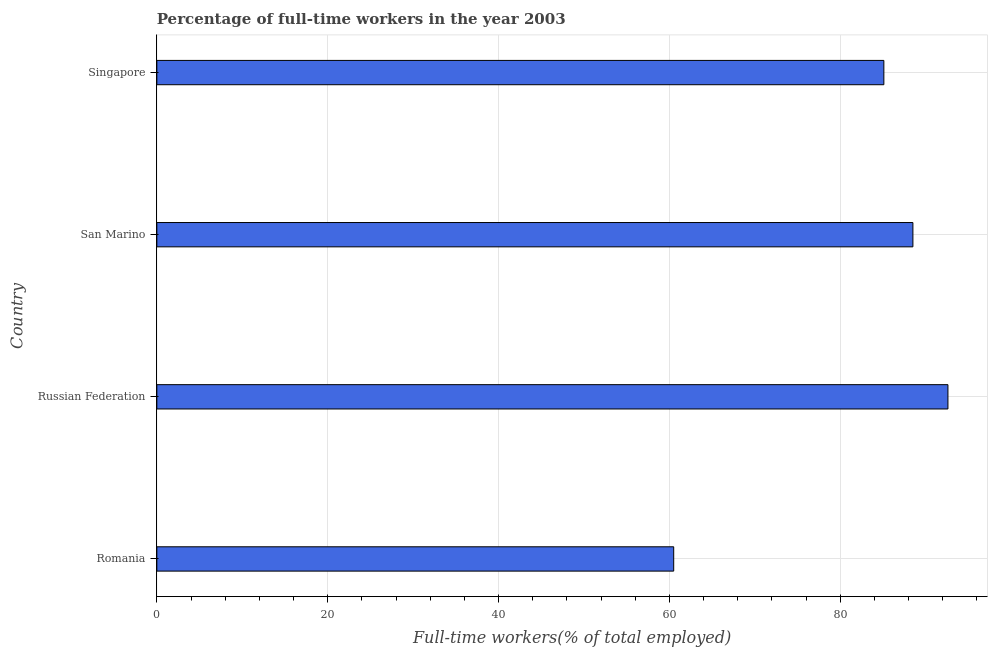
| Country | Wage and salaried workers |
 | --- | --- |
 | Romania | 60.5 |
 | Russian Federation | 92.6 |
 | San Marino | 88.5 |
 | Singapore | 85.1 |